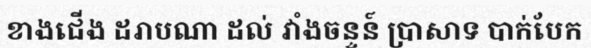
ខាងជើង ដរាបណា ដល់ វាំងចន្ទន៍ ប្រាសាទ បាក់បែក